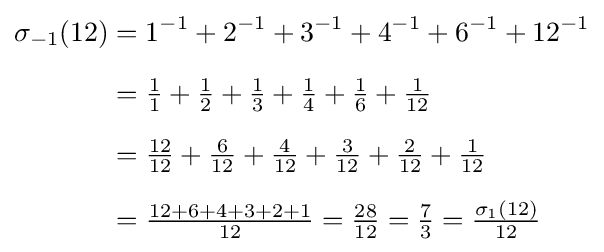
{\begin{aligned}\sigma _{-1}(12)&=1^{-1}+2^{-1}+3^{-1}+4^{-1}+6^{-1}+12^{-1}\\[6pt]&={\tfrac {1}{1}}+{\tfrac {1}{2}}+{\tfrac {1}{3}}+{\tfrac {1}{4}}+{\tfrac {1}{6}}+{\tfrac {1}{12}}\\[6pt]&={\tfrac {12}{12}}+{\tfrac {6}{12}}+{\tfrac {4}{12}}+{\tfrac {3}{12}}+{\tfrac {2}{12}}+{\tfrac {1}{12}}\\[6pt]&={\tfrac {12+6+4+3+2+1}{12}}={\tfrac {28}{12}}={\tfrac {7}{3}}={\tfrac {\sigma _{1}(12)}{12}}\end{aligned}}